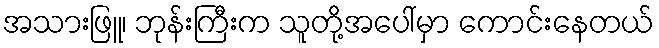
အသားဖြူ၊ ဘုန်းကြီးက သူတို့အပေါ်မှာ ကောင်းနေတယ်